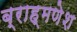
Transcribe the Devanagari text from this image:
ब्राह्मणेश